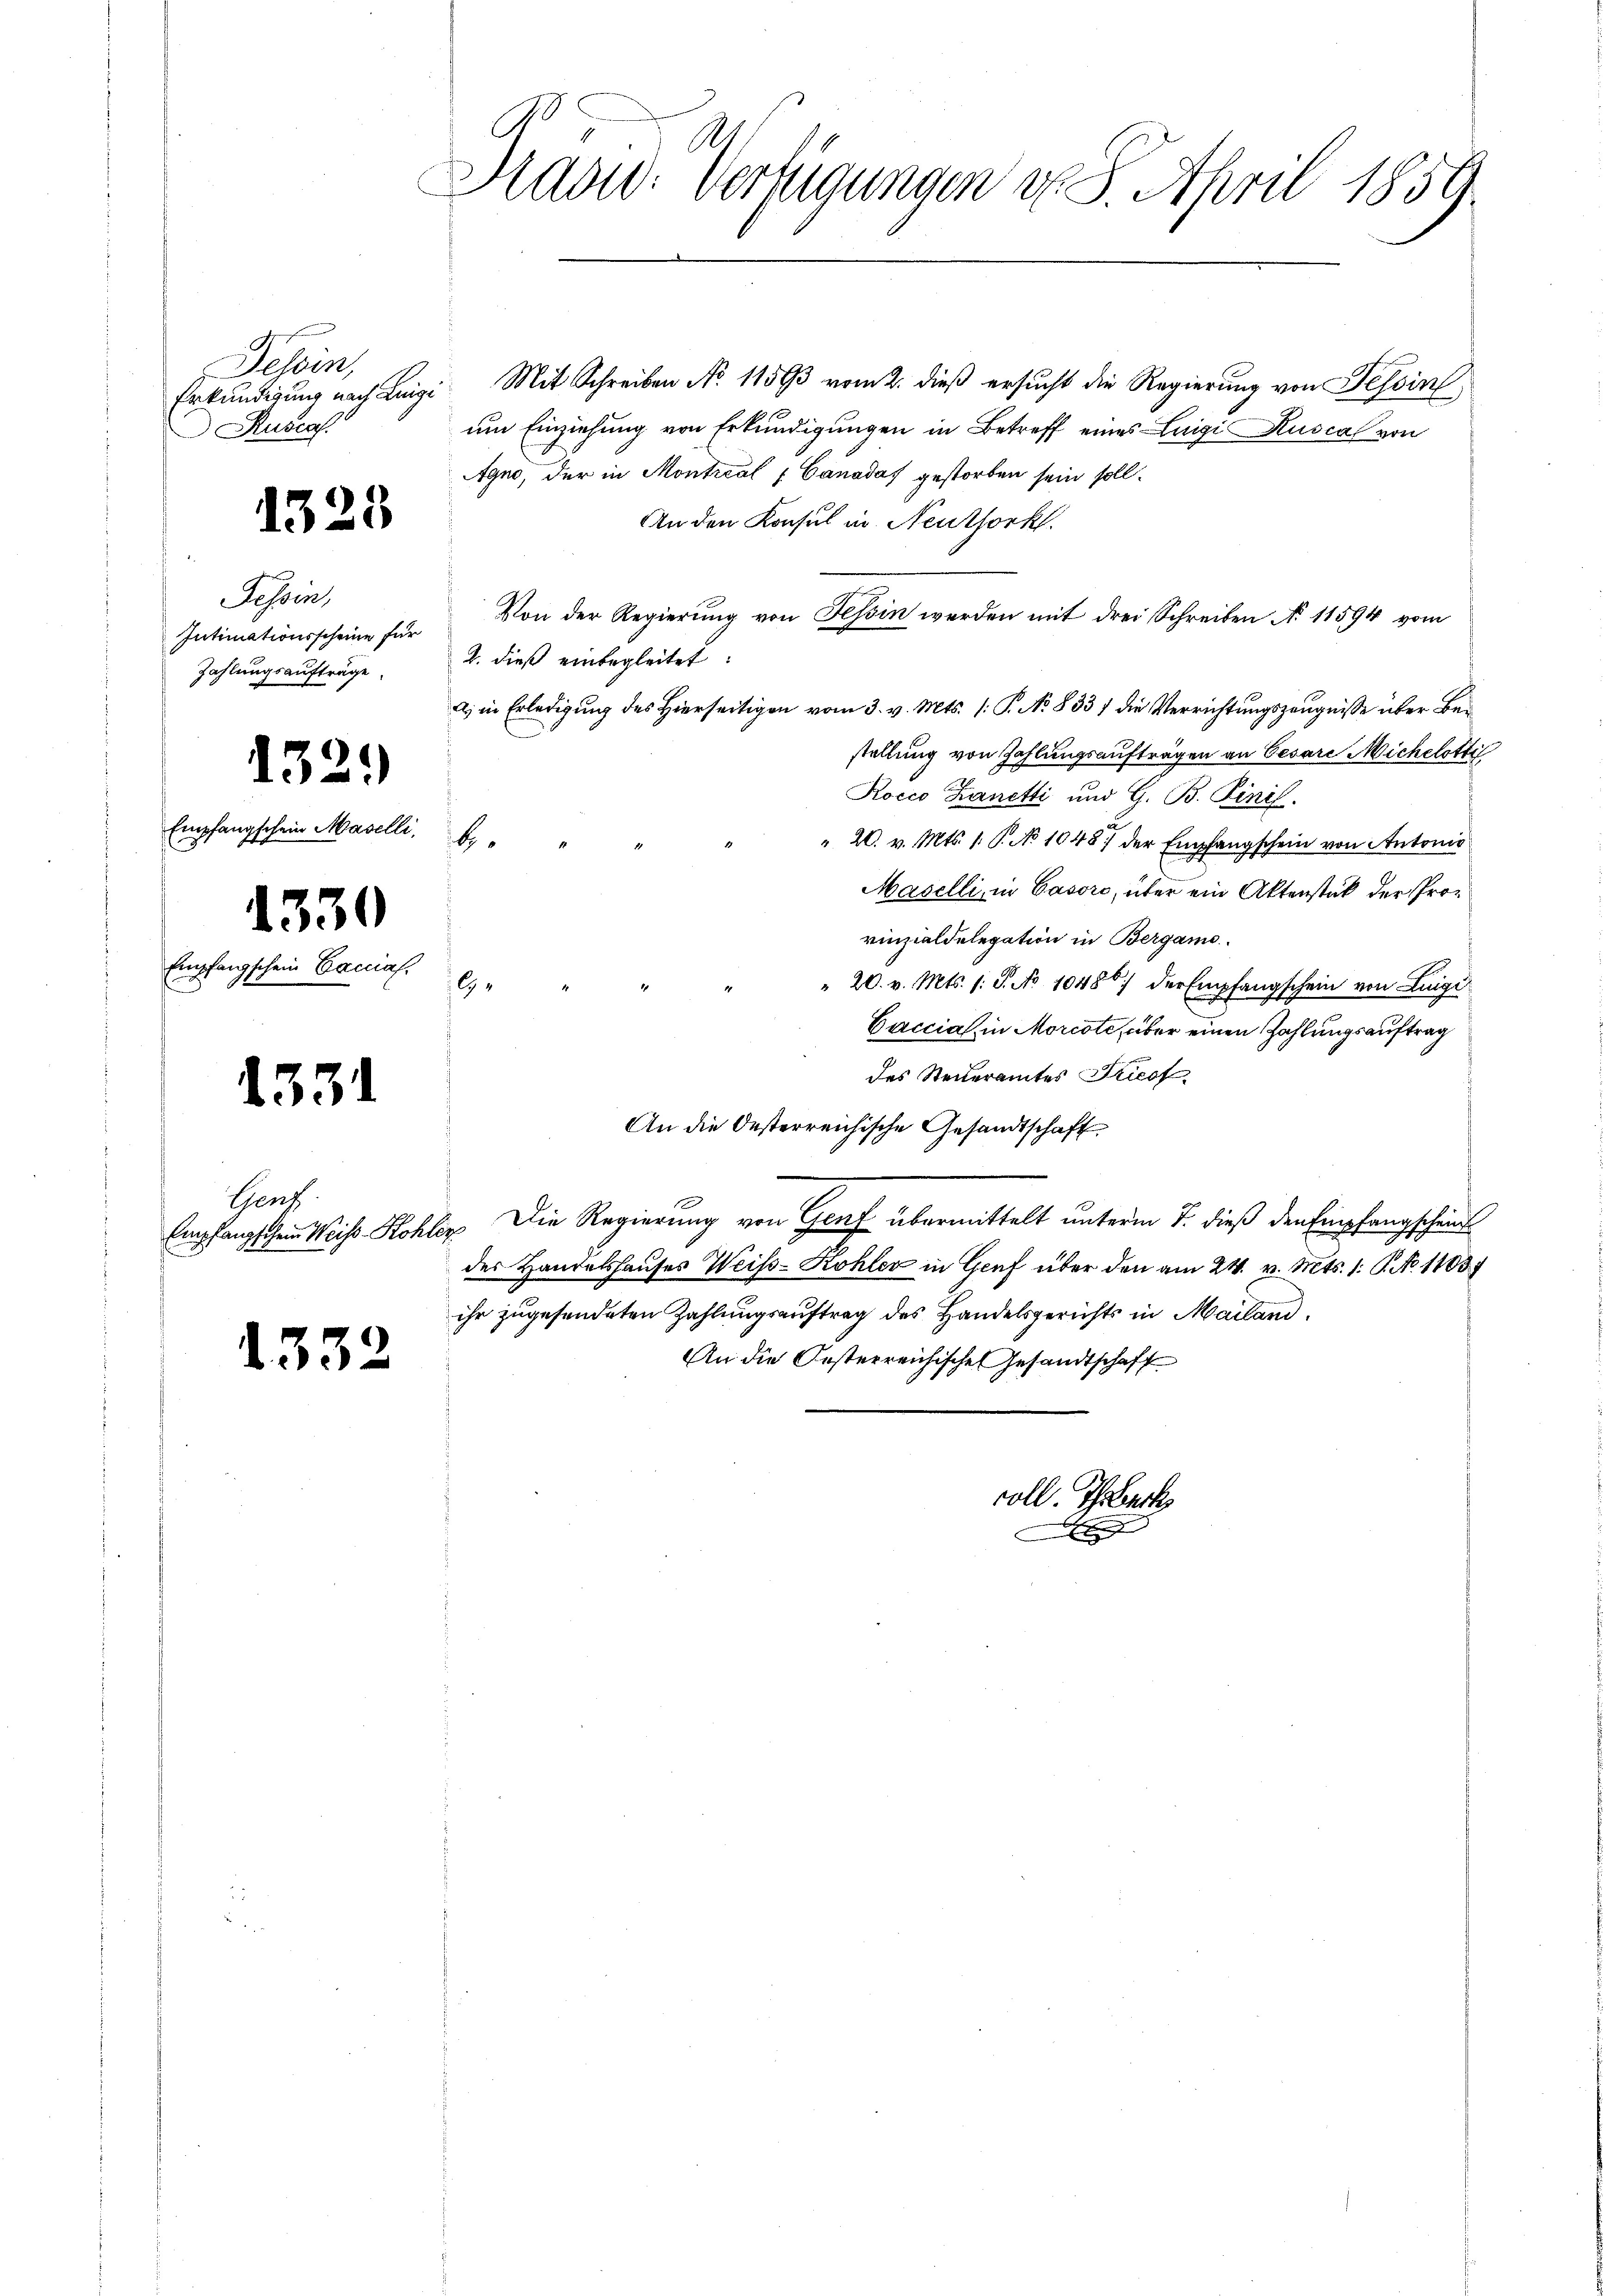
Tessin,
Rusca.

Tessin,
Zahlungsaufträge.

¬

Empfangschein

1323

Empfangschein

1331

133

1329)

1330

welle

cnas,

Gent

2

.
Sad: Verfügungen d. 8. April 1859.

Erkundigung nach Luigi Mit Schreiben No 11593 vom 2. dieß ersucht die Regierung von Tessin
um Einziehung von Erkundigungen in Betreff eines Luigi Kuscal von
Agno, der in Montical - Canadas gestorben sein soll.
An den Konsul in Neuthorkl.
Intimationsscheine für von der Regierŭng von Tessin werden mit drei Schreiben No 11594 vom
2. dieß einbegleitet:
a) in Erledigung des Hierseitigen vom 3. v. Mts. (: P. No. 833) die Verrichtungszeugnisse über Bestellung von Zahlungsaufträgen an Cesare Michelötti
Rocco Zanetti und G. B. Rinif.
b
" 20. v. Mts. 1. P. No 1048 der Empfangschein von Antonio
Maselli, in Gasoro, über ein Aktenstück der Provinzialdelegation in Bergame.
 20. v. Mts. 1. P. No 10486) der En
19
mpfangschein von Luigi
Caccial, in Morcote, über einen Zahlungsauftrag
des Steiteramtes Tricof
An die Oesterreichische Gesandtschaft,
Empfangschein Weise Stohler. Die Regierung von Graf übermittelt unterm 7. dieß den Empfangscheint
der Handelshauses Weiss-Kohler in Genf über den am 24. v. Mts. 1. P. No. 11037
ihr zugesendeten Zahlungsauftrag des Handelsgerichts in Mailand,
An die Oesterreichische Gesandtschaft

voll. Ihrer
x